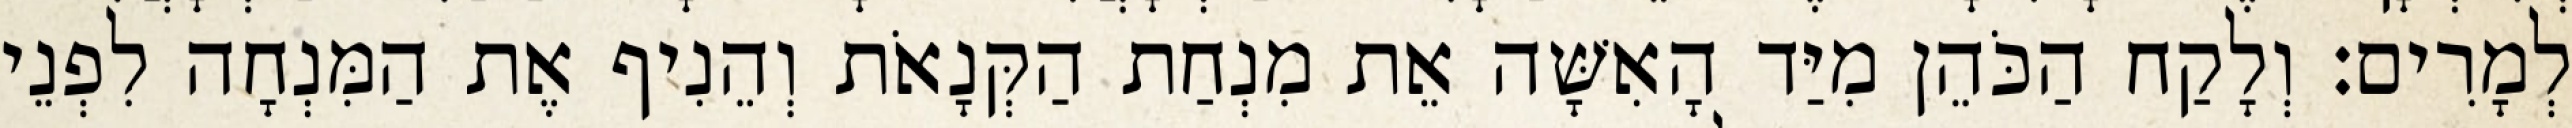
לְמָרִים׃ וְלָקַח הַכֹּהֵן מִיַּד הָאִשָּׁה אֵת מִנְחַת הַקְּנָאֹת וְהֵנִיף אֶת הַמִּנְחָה לִפְנֵי